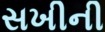
સખીની